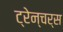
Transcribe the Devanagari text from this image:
ट्रेन्चर्स